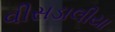
વીસડાલીયા